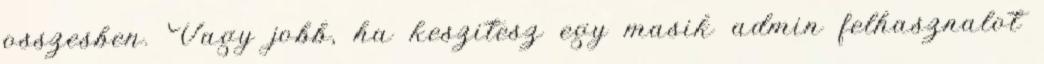
osszesben. Vagy jobb, ha keszitesz egy masik admin felhasznalot